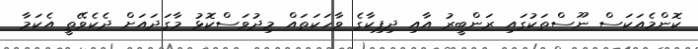
ކޮންމެއަކަސް ނޫސްތަކުގައި ރަންބީރު އާއި ދިޕިކާގެ ވާހަކަތައް މިދުވަސްކޮޅު މާގަދައަށް ދެކެވޭތީ އެކަމާ